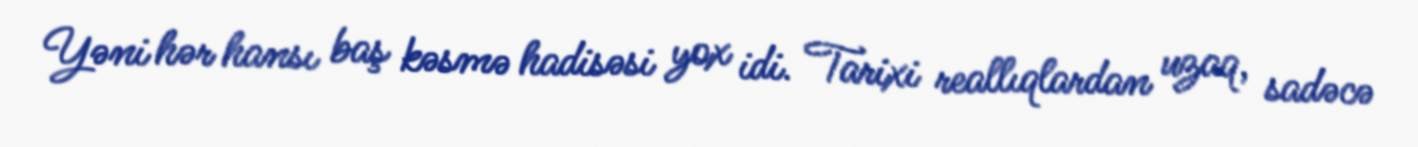
Yəni hər hansı baş kəsmə hadisəsi yox idi. Tarixi reallıqlardan uzaq, sadəcə